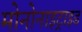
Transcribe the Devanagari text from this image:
मोनोनाइट्राइड